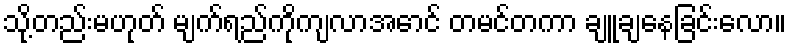
သို့တည်းမဟုတ် မျက်ရည်ကိုကျလာအောင် တမင်တကာ ချူချနေခြင်းလော။